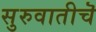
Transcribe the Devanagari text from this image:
सुरुवातीचॆ